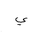
Letter: _ya